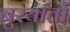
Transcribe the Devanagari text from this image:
बुरयातों